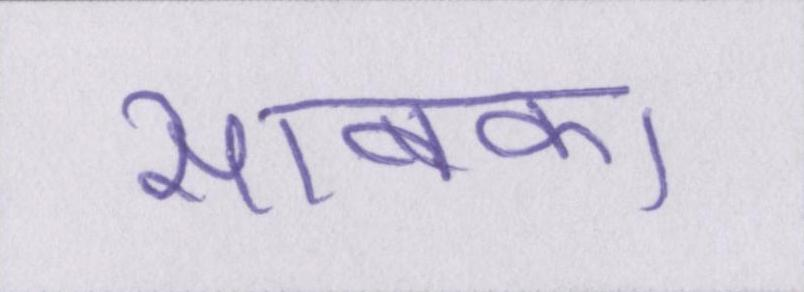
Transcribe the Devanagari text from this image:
साबका